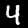
Digit: 4